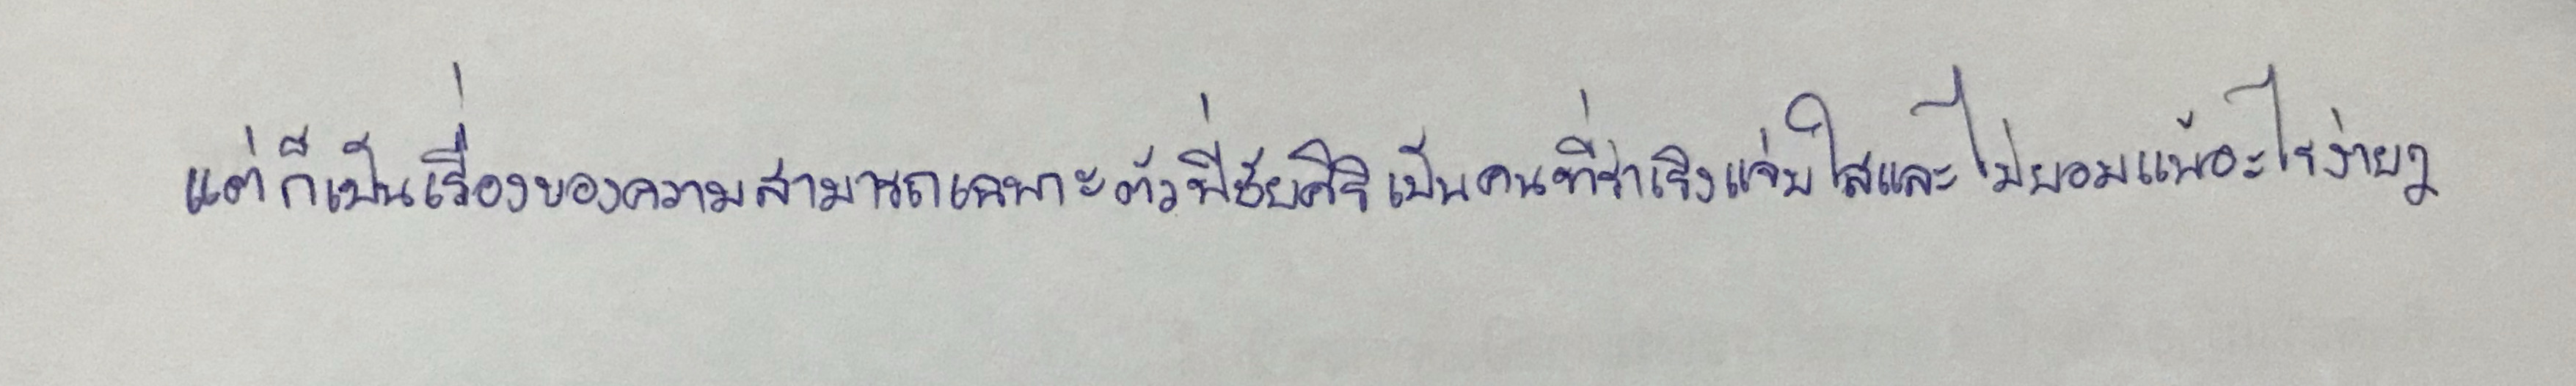
"แต่ก็เป็นเรื่องของความสามารถเฉพาะตัวพี่ชัยศิริเป็นคนที่ร่าเริงแจ่มใสและไม่ยอมแพ้อะไรง่ายๆ